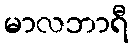
မာလဘာရီ